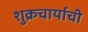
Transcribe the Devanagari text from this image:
शुक्रचार्याची